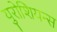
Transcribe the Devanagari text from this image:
युरोशियन्स